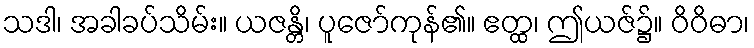
သဒါ၊ အခါခပ်သိမ်း။ ယဇန္တိ၊ ပူဇော်ကုန်၏။ ဧတ္ထ၊ ဤယဇ်၌။ ဝိဝိဓာ၊